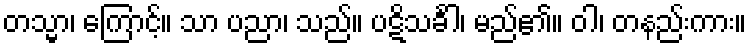
တသ္မာ၊ ကြောင့်။ သာ ပညာ၊ သည်။ ပဋိသင်္ခါ၊ မည်၏။ ဝါ၊ တနည်းကား။